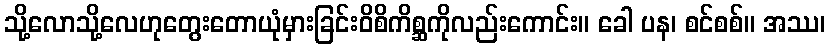
သို့လောသို့လေဟုတွေးတောယုံမှားခြင်းဝိစိကိစ္ဆကိုလည်းကောင်း။ ခေါ ပန၊ စင်စစ်။ အဿ၊